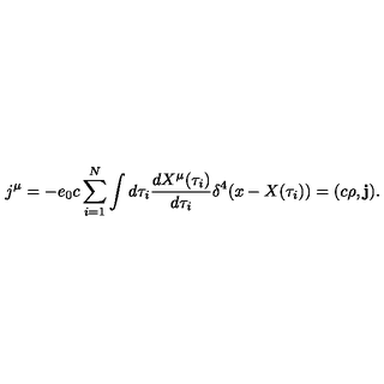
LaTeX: j ^ { \mu } = - e _ { 0 } c \sum _ { i = 1 } ^ { N } \int d \tau _ { i } \frac { d X ^ { \mu } ( \tau _ { i } ) } { d \tau _ { i } } \delta ^ { 4 } ( x - X ( \tau _ { i } ) ) = ( c \rho , { \mathbf j } ) .